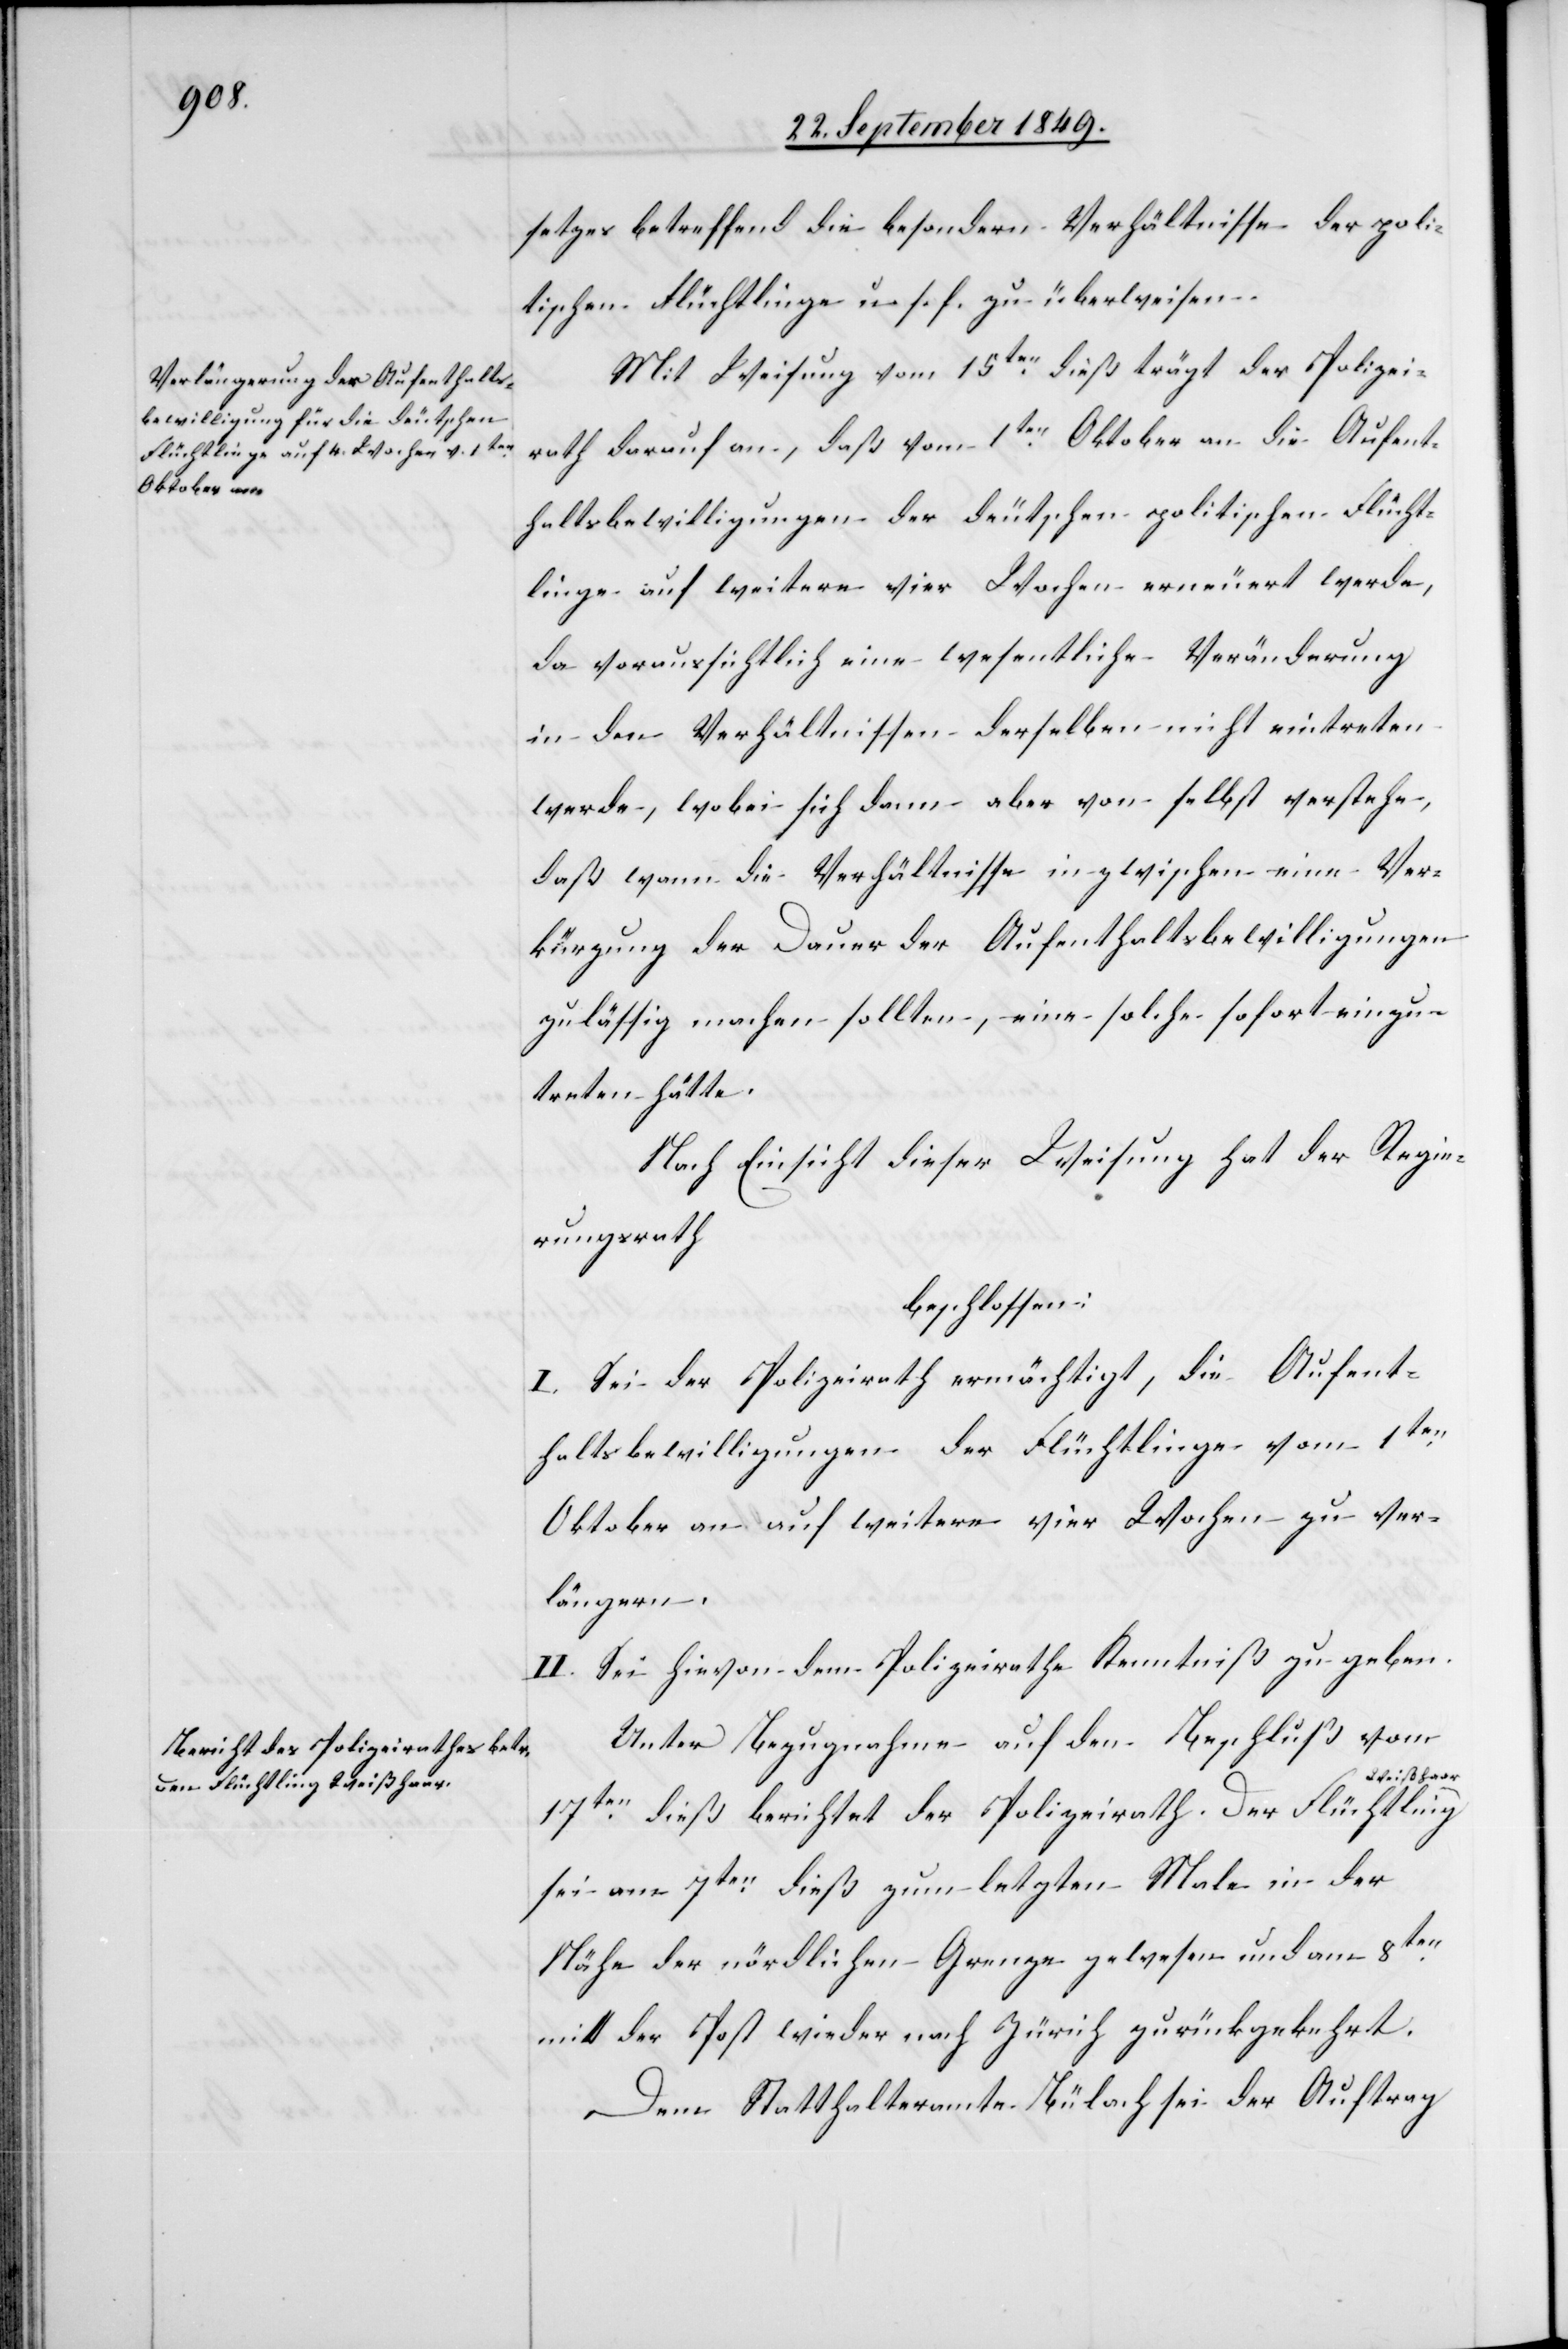
setzes betreffend die besondern Verhältnisse der poli¬
tischen Flüchtlinge u. s. f. zu überweisen.
Mit Weisung vom 15ten dieß trägt der Polizei¬
rath darauf an, daß vom 1ten Oktober an die Aufent¬
haltsbewilligungen der deutschen politischen Flücht¬
linge auf weitere vier Wochen erneuert werde,
da voraussichtlich eine wesentliche Veränderung
in den Verhältnissen derselben nicht eintreten
werde, wobei sich dann aber von selbst verstehe,
daß wenn die Verhältnisse inzwischen eine Ver¬
kürzung der Dauer der Aufenthaltsbewilligungen
zulässig machen sollten, eine solche sofort einzu¬
treten hätte.
Nach Einsicht dieser Weisung hat der Regie¬
rungsrath
beschlossen:
I. Sei der Polizeirath ermächtigt, die Aufent¬
haltsbewilligungen der Flüchtlinge vom 1ten
Oktober an auf weitere vier Wochen zu ver¬
längern.
II. Sei hievon dem Polizeirathe Kenntniß zu geben.
Unter Bezugnahme auf den Beschluß vom
17ten dieß berichtet der Polizeirath. Der Flüchtling
sei am 7ten dieß zum letzten Male in der
Nähe der nördlichen Grenze gewesen und am 8ten
mit der Post wieder nach Zürich zurückgekehrt.
Dem Statthalteramte Bülach sei der Auftrag